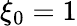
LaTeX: \xi_{0}=1